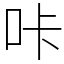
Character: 咔